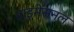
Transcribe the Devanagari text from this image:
डाइमेंसनल